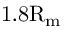
\mathrm { 1 . 8 R _ { m } }